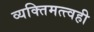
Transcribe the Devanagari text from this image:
व्यक्तिमत्त्वही